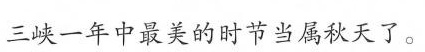
三峡一年中最美的时节当属秋天了。